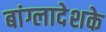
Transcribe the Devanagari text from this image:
बांग्लादेशके